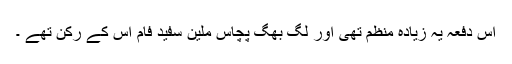
اس دفعہ یہ زیادہ منظم تھی اور لگ بھگ پچاس ملین سفید فام اس کے رکن تھے ۔